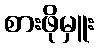
စားဖိုမှူး